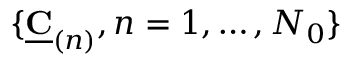
\{ \underline { { \mathbf { C } } } _ { ( n ) } , n = 1 , \dots , N _ { 0 } \}